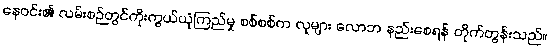
နေဝင်း၏ လမ်းစဉ်တွင်ကိုးကွယ်ယုံကြည်မှု စစ်စစ်က လူများ လောဘ နည်းစေရန် တိုက်တွန်းသည်။